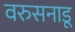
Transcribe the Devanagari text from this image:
वरुसनाडू